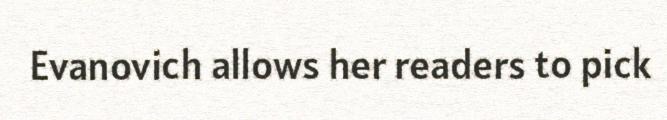
Evanovich allows her readers to pick